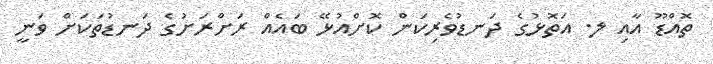
ތޮއްޑޫ އާއި ލ. އަތޮޅުގެ ދަނޑުވެރިކަން ކޮށްއުޅޭ ބައެއް ރަށްރަށުގެ ދަނޑުތަކަށް ވަނީ